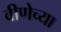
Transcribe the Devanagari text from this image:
वीणेच्या